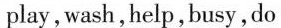
play, wash,help,busy,do